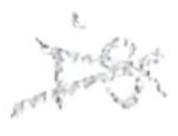
Text: is
Cross-out: cross
Writing tool: pencil